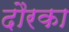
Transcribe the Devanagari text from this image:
दौरका